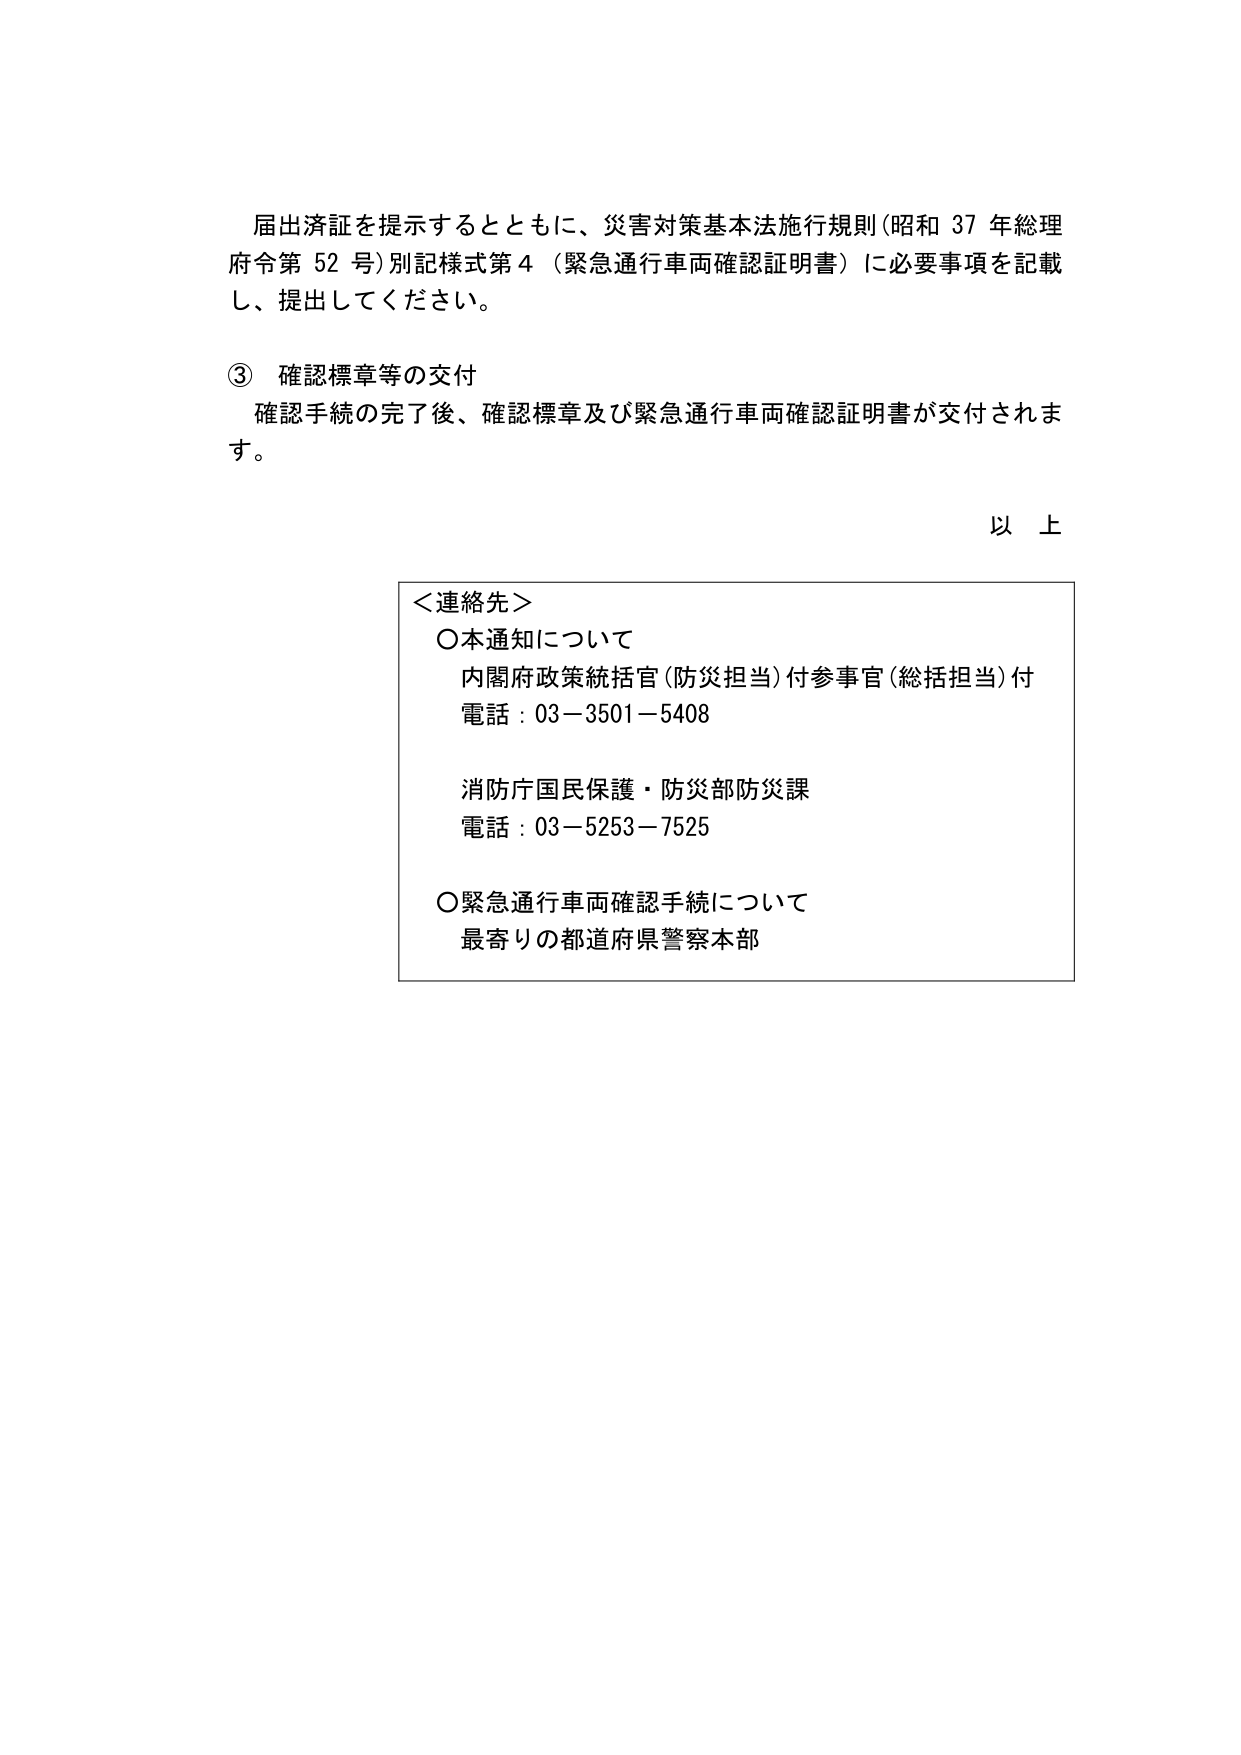
届出済証を提示するとともに、災害対策基本法施行規則（昭和37年総理府令第52号）別記様式第4（緊急通行車両確認証明書）に必要事項を記載し、提出してください。

③ 確認標章等の交付
確認手続の完了後、確認標章及び緊急通行車両確認証明書が交付されます。

以上

＜連絡先＞
○本通知について
内閣府政策統括官（防災担当）付参事官（総括担当）付
電話：03-3501-5408

消防庁国民保護・防災部防災課
電話：03-5253-7525

○緊急通行車両確認手続について
最寄りの都道府県警察本部